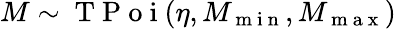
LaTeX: M\sim\mathrm{~T~P~o~i~}(\eta,M_{\mathrm{~m~i~n~}},M_{\mathrm{~m~a~x~}})